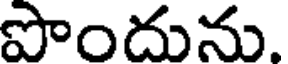
పొందును.